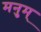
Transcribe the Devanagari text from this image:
मनुम्‌